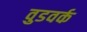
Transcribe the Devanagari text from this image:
वुडवर्क